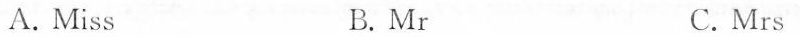
A. Miss B. Mr C.Mrs